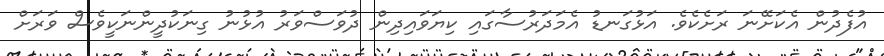
އުފެދުން އެކަށޭނަ ރަށެކެވެ. އަޅުގަނޑު އެމަދަރުސާގައި ކިޔަވައިދިން ދުވަސްވަރު އުޅުނު ގިނަކުދީންނަކީވެސް ވަރަށް